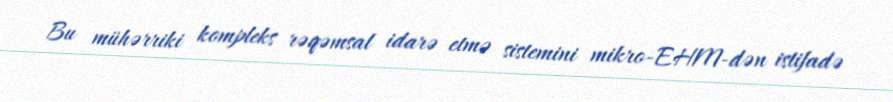
Bu mühərriki kompleks rəqəmsal idarə etmə sistemini mikro-EHM-dən istifadə